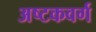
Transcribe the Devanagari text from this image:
अष्टकवर्ग